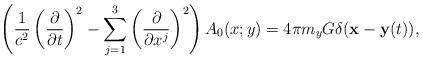
LaTeX: \begin{align*}\left( \frac{1}{c^{2}} \left( \frac{\partial}{\partial t} \right)^{2} -\sum_{j = 1}^{3} \left( \frac{\partial }{\partial x^{j}} \right)^{2} \right)A_{0}(x;y) = 4\pi m_{y}G \delta ({\bf x} - {\bf y}(t)),\end{align*}